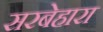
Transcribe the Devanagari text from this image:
सरबेहारा